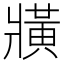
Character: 𤖖